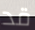
قد